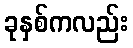
ခုနှစ်ကလည်း